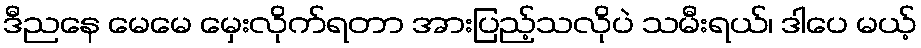
ဒီညနေ မေမေ မှေးလိုက်ရတာ အားပြည့်သလိုပဲ သမီးရယ်၊ ဒါပေ မယ့်